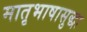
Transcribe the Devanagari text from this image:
मातृभाषासुद्धा